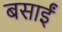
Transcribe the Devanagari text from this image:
बसाईं